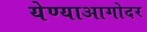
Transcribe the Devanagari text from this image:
येण्याआगोदर